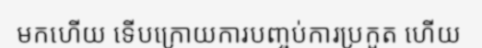
មកហើយ ទើបក្រោយការបញ្ចប់ការប្រកួត ហើយ